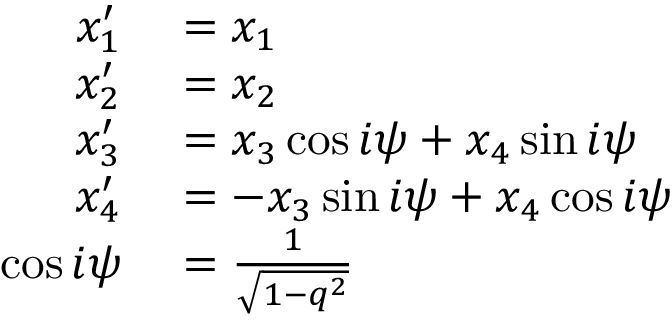
\begin{array} { r l } { x _ { 1 } ^ { \prime } } & { { } = x _ { 1 } } \\ { x _ { 2 } ^ { \prime } } & { { } = x _ { 2 } } \\ { x _ { 3 } ^ { \prime } } & { { } = x _ { 3 } \cos i \psi + x _ { 4 } \sin i \psi } \\ { x _ { 4 } ^ { \prime } } & { { } = - x _ { 3 } \sin i \psi + x _ { 4 } \cos i \psi } \\ { \cos i \psi } & { { } = { \frac { 1 } { \sqrt { 1 - q ^ { 2 } } } } } \end{array}